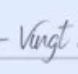
Vingt